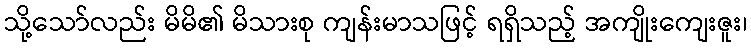
သို့သော်လည်း မိမိ၏ မိသားစု ကျန်းမာသဖြင့် ရရှိသည့် အကျိုးကျေးဇူး၊